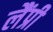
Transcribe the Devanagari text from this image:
लैंप्री